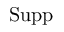
\operatorname { S u p p }